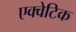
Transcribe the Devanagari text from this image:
एक्वेटिक